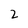
Character: 2